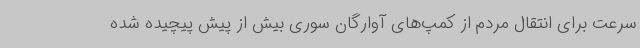
سرعت برای انتقال مردم از کمپ‌های آوارگان سوری بیش از پیش پیچیده شده